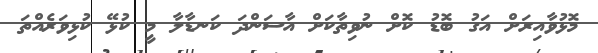
މޮޅުވާއިރަށް އަގު ބޮޑު ކޮށް ނުވިތާކަށް އާސަންދަ ކަނޑާލާ މީ ކުޅޭ ކުޅިވަރެއްތަ